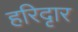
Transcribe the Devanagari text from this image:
हरिदृार